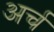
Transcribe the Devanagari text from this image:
अर्च